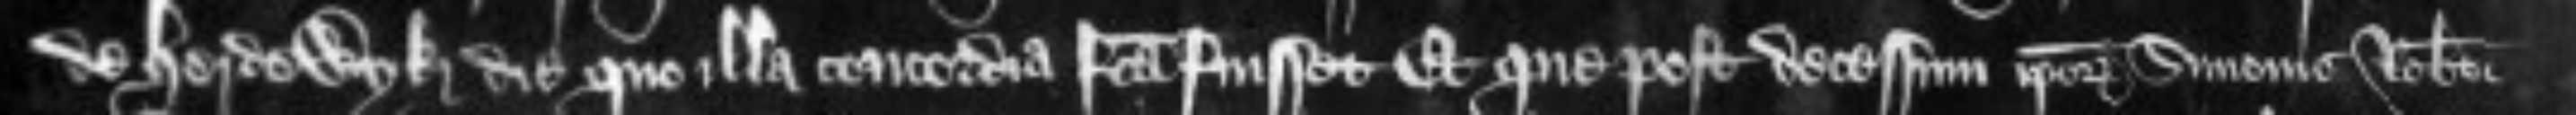
de Herdewyk die quo illa concordia facta fuisset et que post decessum ipsorum Simonis Roberti